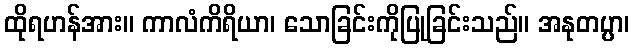
ထိုရဟန်အား။ ကာလံကိရိယာ၊ သောခြင်းကိုပြုခြင်းသည်။ အနုတပ္ပာ၊